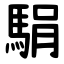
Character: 駽